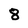
Character: 8